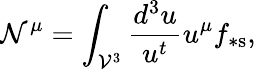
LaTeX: \mathcal{N}^{\mu}=\int_{\mathcal{{V}}^{3}}\frac{{d^{3}u}}{{u^{t}}}u^{\mu}f_{\ast\mathrm{{s}}},